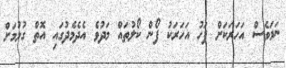
ނަމަވެސް އަހަރަކަށް ފަހު އަހަރަކު ފޯން ކޯލުތައް މަދުވެ އެދެމެދުގައި އޮތް ގުޅުމަށް